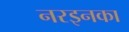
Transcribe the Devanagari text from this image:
नरइनका